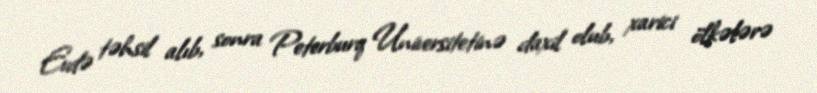
Evdə təhsil alıb, sonra Peterburq Universitetinə daxil olub, xarici ölkələrə